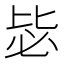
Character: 毖